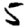
Digit: 5